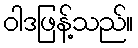
ဝါဒဖြန့်သည်။